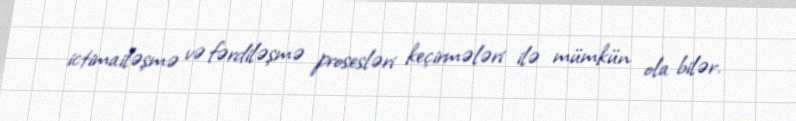
ictimailəşmə və fərdiləşmə prosesləri keçirmələri ilə mümkün ola bilər.